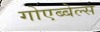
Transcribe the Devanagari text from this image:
गोएब्बेल्स